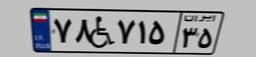
۵۸W۶۴۹۸۸